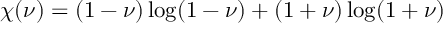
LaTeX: \chi ( \nu ) = ( 1 - \nu ) \log ( { 1 - \nu } ) + ( 1 + \nu ) \log ( { 1 + \nu } )